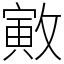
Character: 㪦